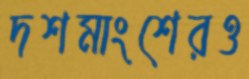
দশমাংশেরও